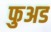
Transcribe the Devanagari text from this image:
फुअड